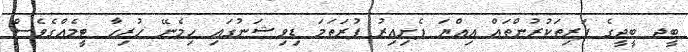
ބީޖ ބީޖީގެ ފަރިތަކުރުންތައް އިއްޔަ ފެށިއިރު ފުރަތަމަ ޑިވިޝަނުގައި ހިމެނޭ ހުރިހާ ޓީމެއްގެވެސް